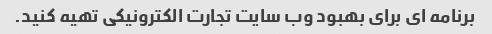
برنامه ای برای بهبود وب سایت تجارت الکترونیکی تهیه کنید.